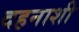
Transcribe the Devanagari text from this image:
दहनाशी